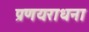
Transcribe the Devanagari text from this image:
प्रणयराधना